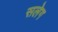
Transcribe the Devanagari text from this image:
सलेग